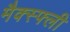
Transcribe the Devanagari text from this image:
मैक्स्फ्ली